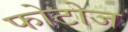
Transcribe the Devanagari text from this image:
फोटोज